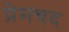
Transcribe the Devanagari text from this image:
प्रेमचद